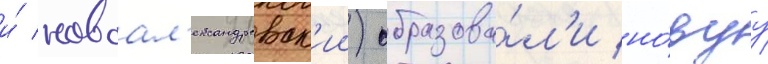
и́ новоал'ександровск'ии) образова́л'и но́вуу